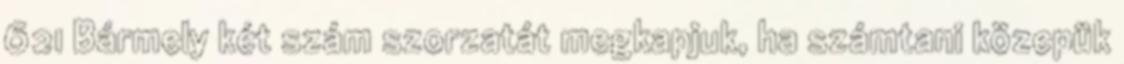
621 Bármely két szám szorzatát megkapjuk, ha számtani közepük